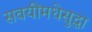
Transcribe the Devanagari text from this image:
सवयींमधेसुद्धा